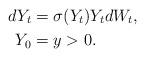
LaTeX: \begin{align*}dY_t &= \sigma(Y_t)Y_tdW_t,\\Y_0 &= y>0.\\\end{align*}